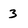
Character: 3